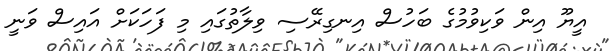
އީޔޫ އިން ވަކިވުމުގެ ބަހުސް އިނގިރޭސި ވިލާތުގައި މި ފަހަކަށް އައިސް ވަނީ